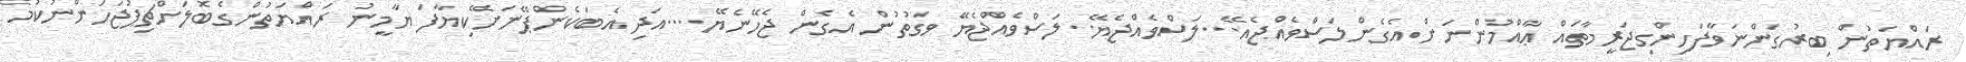
ރައްޔަތުން ބިރުގަންނަވާފަހިންގިޖަރީމާތައް ޢާއްމުންނަށް އެގެންލަސްވެއްޖެއޭ...ލަސްވެއްޖެޔޭ..ލަސްވެއްޖެޔޭ ވަގުތުން އެގެން ޖެހޭނެޔޭ....އަދި އެބަކެންޕޭނަށޭކިޔާފަ ޔާމީނު ރައްޔަތުންގެބޮލަށްޗިޕުޖަހަންނުކުމެ